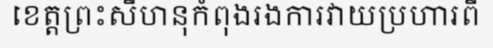
ខេត្តព្រះសីហនុកំពុងរងការវាយប្រហារពី